Annual report of the Punjab Veterinary College and of the Civil Veterinary Department, Punjab - 1920-1925
Year: 1920
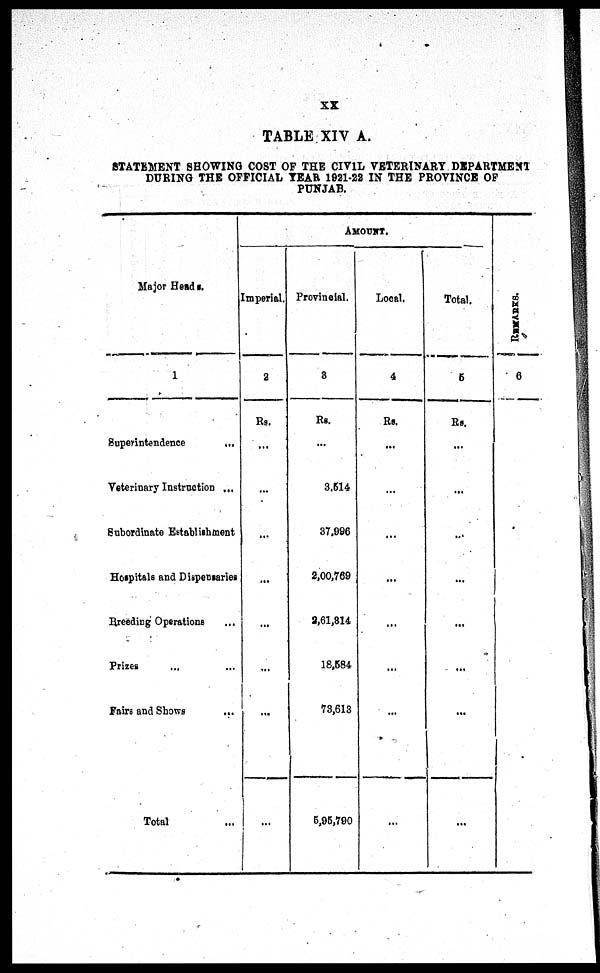
xx
TABLE XIV A.
STATEMENT SHOWI NG COST OF THE CIVIL VETERI NARY DEPARTMENT
DURI NG THE OFFI CI AL YEAR 1921-22 IN THE PROVI NCE OF
PUNJAB.
Maj or Heads.
1
Superi nt endence
...
Vet eri nary Instruction ...
Subordi nat e Est abl i shment
Hospi t al s and Di spensari es
Breedi ng Operat i ons ...
Pri zes ... ...
Fai rs and Shows ...
Tot al ...
AMOUNT.
Imperi al .
2
Rs.
...
...
...
...
...
...
...
...
Provincial.
3
Rs.
...
3, 514
37, 996
2, 00, 769
2, 61, 814
18, 584
73, 613
5, 95, 790
Local .
4
Rs.
...
...
...
...
...
...
...
...
Total.
5
Rs.
...
...
...
...
...
...
...
...
R E MAR KS .
6